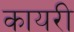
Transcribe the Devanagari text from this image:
कायरी